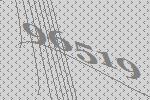
96519